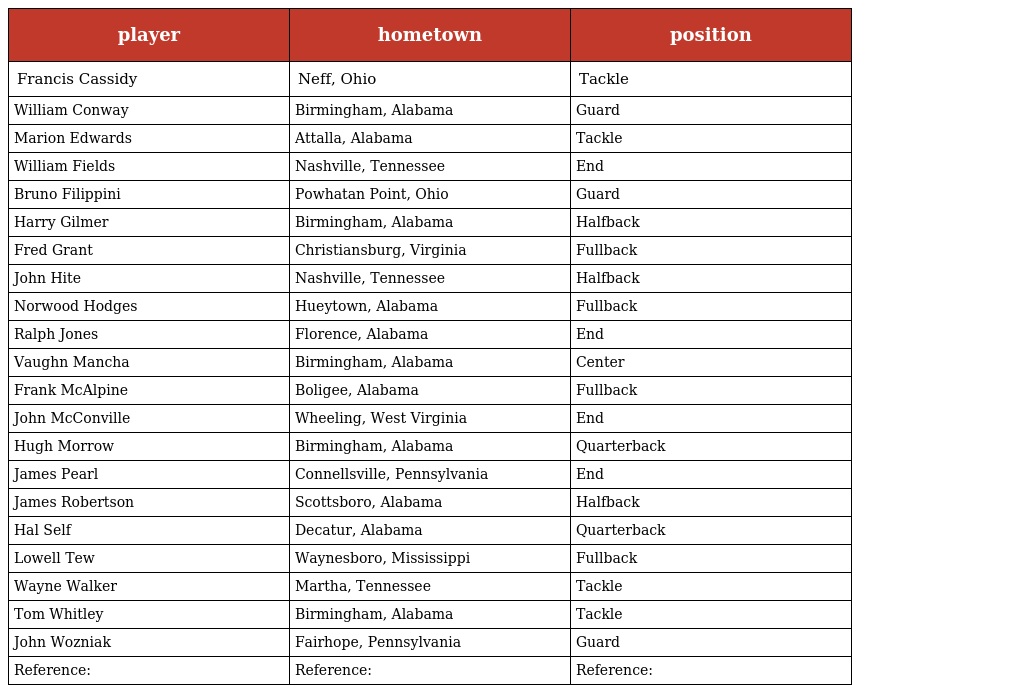
| player | hometown | position |
 | --- | --- | --- |
 | Francis Cassidy | Neff, Ohio | Tackle |
 | William Conway | Birmingham, Alabama | Guard |
 | Marion Edwards | Attalla, Alabama | Tackle |
 | William Fields | Nashville, Tennessee | End |
 | Bruno Filippini | Powhatan Point, Ohio | Guard |
 | Harry Gilmer | Birmingham, Alabama | Halfback |
 | Fred Grant | Christiansburg, Virginia | Fullback |
 | John Hite | Nashville, Tennessee | Halfback |
 | Norwood Hodges | Hueytown, Alabama | Fullback |
 | Ralph Jones | Florence, Alabama | End |
 | Vaughn Mancha | Birmingham, Alabama | Center |
 | Frank McAlpine | Boligee, Alabama | Fullback |
 | John McConville | Wheeling, West Virginia | End |
 | Hugh Morrow | Birmingham, Alabama | Quarterback |
 | James Pearl | Connellsville, Pennsylvania | End |
 | James Robertson | Scottsboro, Alabama | Halfback |
 | Hal Self | Decatur, Alabama | Quarterback |
 | Lowell Tew | Waynesboro, Mississippi | Fullback |
 | Wayne Walker | Martha, Tennessee | Tackle |
 | Tom Whitley | Birmingham, Alabama | Tackle |
 | John Wozniak | Fairhope, Pennsylvania | Guard |
 | Reference: | Reference: | Reference: |